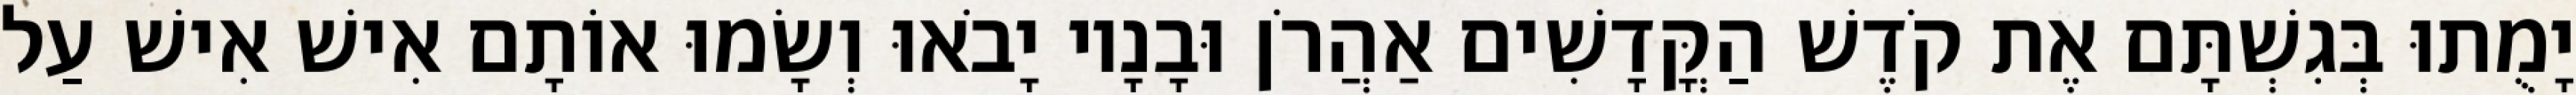
יָמֻתוּ בְּגִשְׁתָּם אֶת קֹדֶשׁ הַקֳּדָשִׁים אַהֲרֹן וּבָנָיו יָבֹאוּ וְשָׂמוּ אוֹתָם אִישׁ אִישׁ עַל